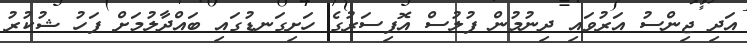
އަދި ޖިންސު އަރުވައި ދިނުމުން ފުލުސް އޮފިސަރުގެ ހަށިގަނޑުގައި ބައްދާލުމަށް ފަހު ޝުކުރު